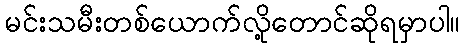
မင်းသမီးတစ်ယောက်လို့တောင်ဆိုရမှာပါ။